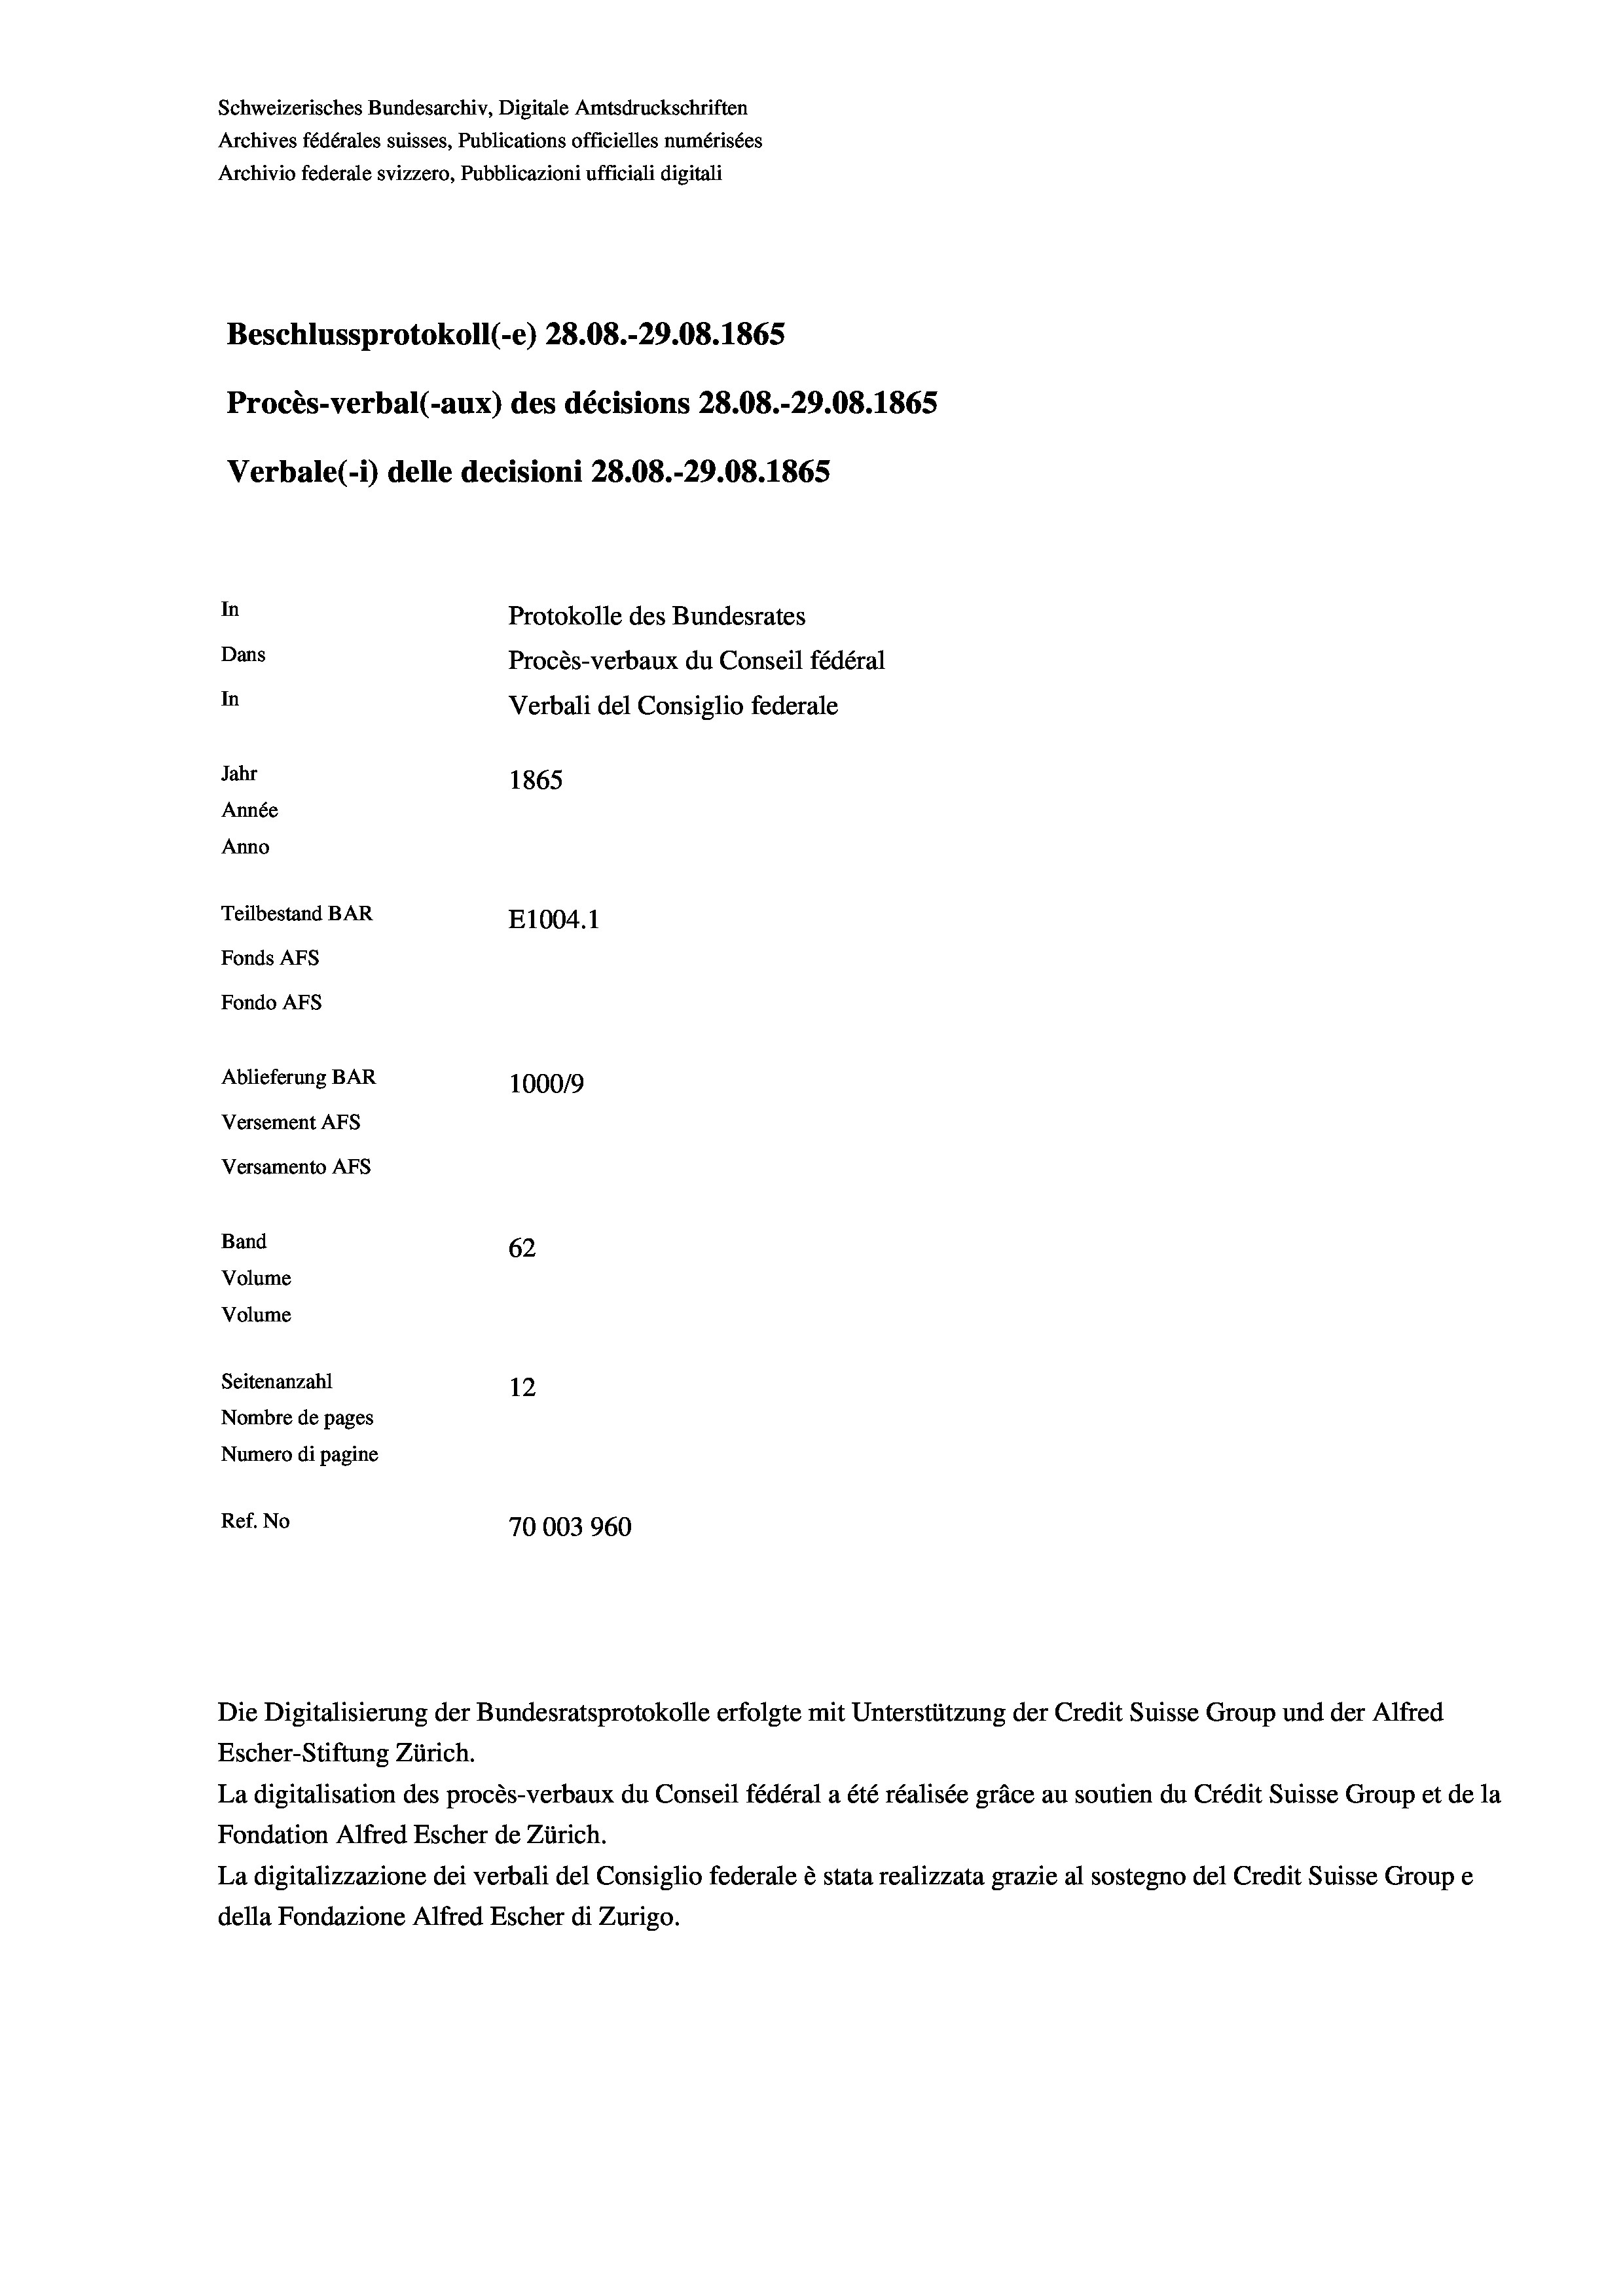
Schweizerisches Bundesarchiv, Digitale Amtsdruckschriften
Archives fédérales suisses, Publications officielles numérisées
Archivio federale svizzero, Pubblicazioni ufficiali digitali
Beschlussprotokoll (-e) 28.08.-29.08. 1865
Procès-verbal (-aux) des décisions 28.08.-29.08. 1865
Verbale (1) delle decisioni 28.08.-29.08. 1865
In
Protokolle des Bundesrates
Dans
Procès-verbaux du Conseil fédéral
In
Verbali del Consiglio federale
Jahr
1865
Année
Anno
Teilbestand BAR
E1004.1
Fonds AFs
Fondo Afs
Ablieferung BAR
100019
Versement AFs
Versamento Afs

62
12
Nombre de pages
Numero di pagine
Ref. No
70003960

Band
Volume
Volume

Seitenanzahl

Escher-Stiftung Zürich.
La digitalisation des procès-verbaux du Conseil fédéral a été réalisée gräce au soutien du Crédit Suisse Group et de la
Fondation Alfred Escher de Zürich.
La digitalizzazione dei verbali del Consiglio federale è stata realizzata grazie al sostegno del Credit Suisse Groupe
della Fondazione Alfred Escher di Zurigo.

Die Digitalisierung der Bundesratsprotokolle erfolgte mit Unterstützung der Credit Suisse Group und der Alfred